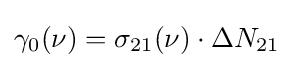
\gamma _{0}(\nu )=\sigma _{21}(\nu )\cdot \Delta N_{21}